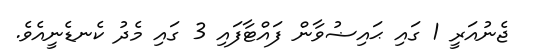
ޖެނުއަރީ 1 ގައި ޙައިޟުވާން ފައްޓާފައި 3 ގައި މެދު ކެނޑެނީއެވެ.